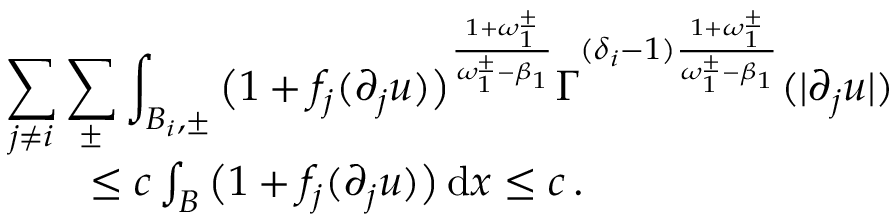
\begin{array} { r l r } { \lefteqn { \sum _ { j \not = i } \sum _ { \pm } \int _ { B _ { i } , \pm } \big ( 1 + f _ { j } ( \partial _ { j } u ) \big ) ^ { \frac { 1 + \omega _ { 1 } ^ { \pm } } { \omega _ { 1 } ^ { \pm } - \beta _ { 1 } } } \Gamma ^ { ( \delta _ { i } - 1 ) \frac { 1 + \omega _ { 1 } ^ { \pm } } { \omega _ { 1 } ^ { \pm } - \beta _ { 1 } } } ( | \partial _ { j } u | ) } } \\ & { } & { \leq c \int _ { B } \big ( 1 + f _ { j } ( \partial _ { j } u ) \big ) \, \mathrm { d } x \leq c \, . } \end{array}